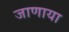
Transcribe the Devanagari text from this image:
जाणाया